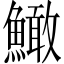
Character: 䲎